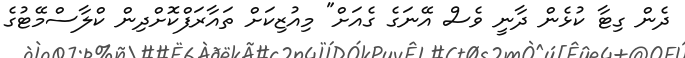
ދެން ގިޓާ ކުޅެން ދާނީ ވެސް އޭނަގެ ގެއަށް" މިއުޒިކަށް ތައާރަފްކޮށްދިން ކްލާސްމޭޓުގެ